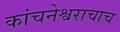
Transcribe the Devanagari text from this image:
कांचनेश्वराचाच